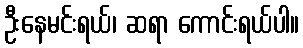
ဦးနေမင်းရယ်၊ ဆရာ ကောင်းရယ်ပါ။